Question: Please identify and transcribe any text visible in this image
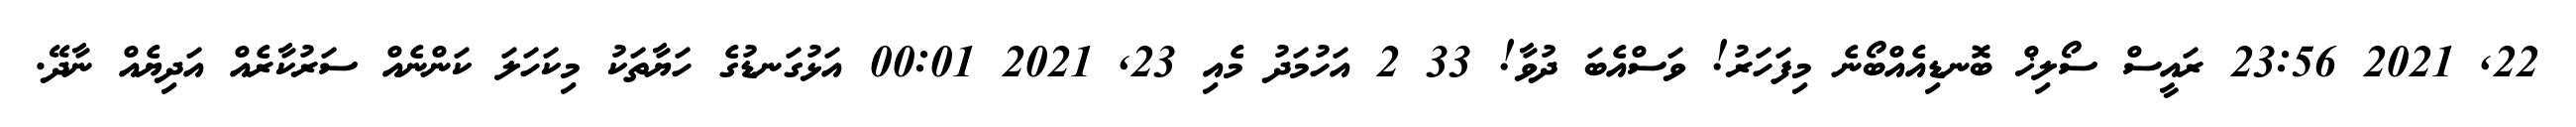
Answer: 22, 2021 23:56 ރައީސް ސޯލިޚް ބޮނޑިއެއްބޯނެ މިފަހަރު! ވަސްއެބަ ދުވާ! 33 2 އަހުމަދު މެއި 23, 2021 00:01 އަޅުގަނޑުގެ ހަޔާތަކު މިކަހަލަ ކަންނެއް ސަރުކާރެއް އަދިޔެއް ނާދޭ.